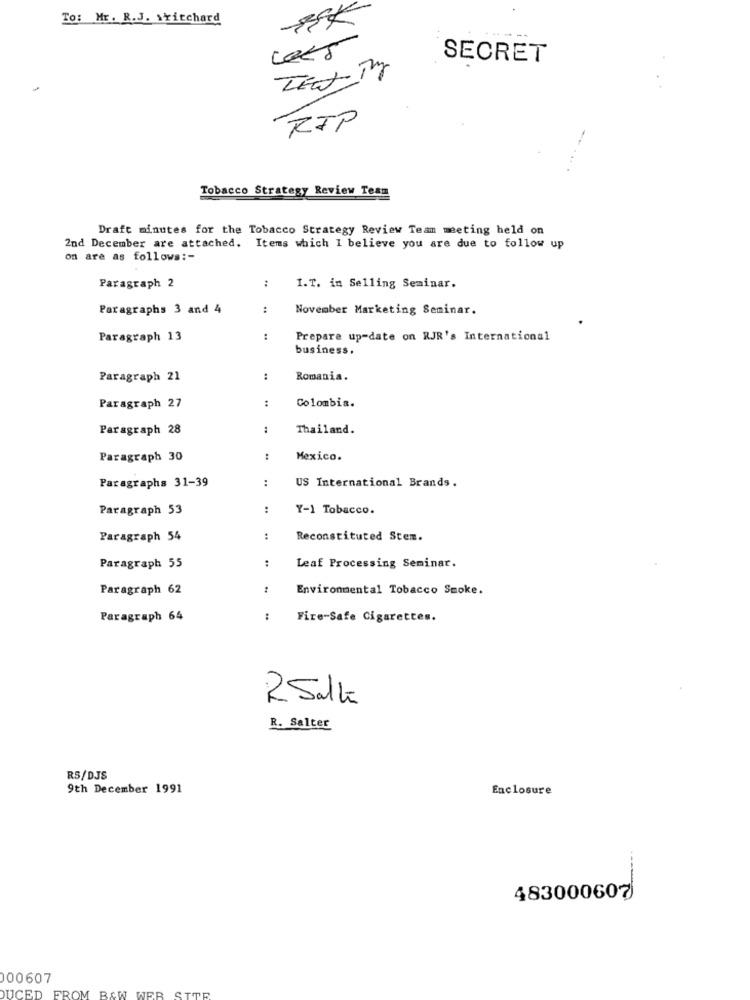
To: Mr. R.J. Switchard
SECRET
LEW My
RIP
Tobacco Strategy Review Team
Draft minutes for the Tobacco Strategy Review Team meeting held on
2nd December are attached. Items which I believe you are due to follow up
on are as follows :-
:
Paragraph 2
I.T. in Selling Seminar.
Paragraphs 3 and 4
November Marketing Seminar.
Paragraph 13
:
Prepare up-date on RJR's International
business.
Paragraph 21
:
Romania.
:
Colombia.
Paragraph 27
Paragraph 28
:
Thailand.
Paragraph 30
Mexico.
:
Paragraphs 31-39
US International Brands.
Paragraph 53
:
Y-1 Tobacco.
Paragraph 54
..
Reconstituted Stem.
Paragraph 55
Leaf Processing Seminar.
Paragraph 62
Environmental Tobacco Smoke.
Paragraph 64
Fire-Safe Cigarettes.
2Salt
R. Salter
RS/DJS
9th December 1991
Enclosure
483000607
000607
STR
DUCED FROM B&W WER